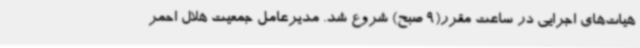
هیات‌های اجرایی در ساعت مقرر(9 صبح) شروع شد. مدیرعامل جمعیت هلال احمر